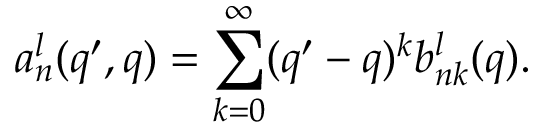
a _ { n } ^ { l } ( q ^ { \prime } , q ) = \sum _ { k = 0 } ^ { \infty } ( q ^ { \prime } - q ) ^ { k } b _ { n k } ^ { l } ( q ) .